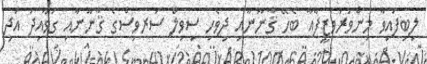
ލިބިފައިވާ މިންވަރުވަޒީފާއާ ބެހޭ ޤާނޫނާއި ދިވެހި ސިވިލް ސަރވިސްގެ ޤާނޫނާއި ގަވާއިދު އަދި